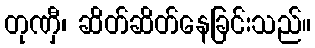
တုဏှီ၊ ဆိတ်ဆိတ်နေခြင်းသည်။